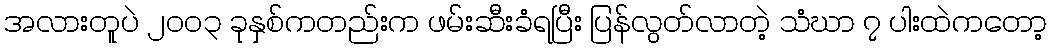
အလားတူပဲ ၂၀၀၃ ခုနှစ်ကတည်းက ဖမ်းဆီးခံရပြီး ပြန်လွတ်လာတဲ့ သံဃာ ၇ ပါးထဲကတော့